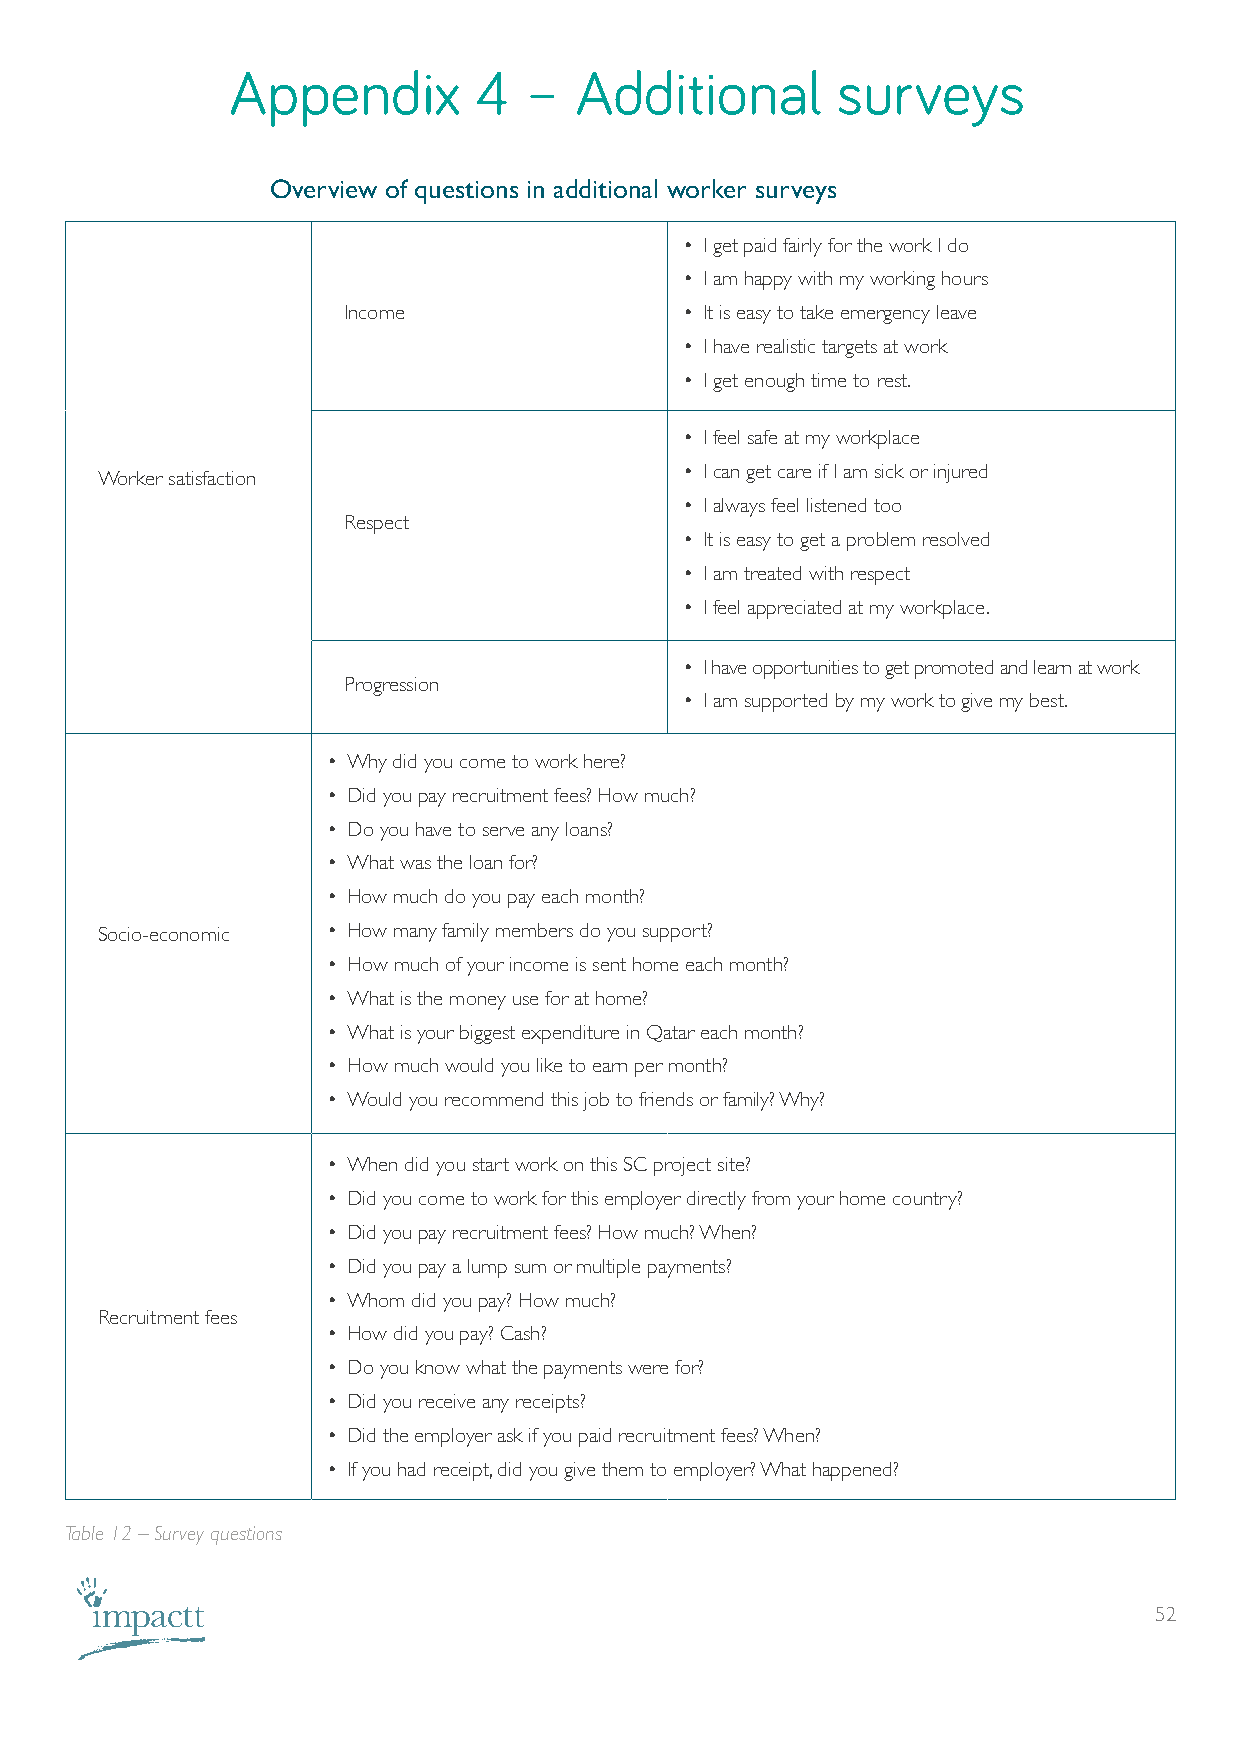
Appendix        4   –  Additional       surveys
 Overview of questions in additional worker surveys
 • I get paid fairly for the work I do
 • I am happy with my working hours
 Income                • It is easy to take emergency leave
 • I have realistic targets at work
 • I get enough time to rest.
 • I feel safe at my workplace
 • I can get care if I am sick or injured
 Worker satisfaction
 • I always feel listened too
 Respect
 • It is easy to get a problem resolved
 • I am treated with respect
 • I feel appreciated at my workplace.
 • I have opportunities to get promoted and learn at work
 Progression
 • I am supported by my work to give my best.
 • Why did you come to work here?
 • Did you pay recruitment fees? How much?
 • Do you have to serve any loans?
 • What was the loan for?
 • How much do you pay each month?
 Socio-economic  • How many family members do you support?
 • How much of your income is sent home each month?
 • What is the money use for at home?
 • What is your biggest expenditure in Qatar each month?
 • How much would you like to earn per month?
 • Would you recommend this job to friends or family? Why?
 • When did you start work on this SC project site?
 • Did you come to work for this employer directly from your home country?
 • Did you pay recruitment fees? How much? When?
 • Did you pay a lump sum or multiple payments?
 • Whom did you pay? How much?
 Recruitment fees
 • How did you pay? Cash?
 • Do you know what the payments were for?
 • Did you receive any receipts?
 • Did the employer ask if you paid recruitment fees? When?
 • If you had receipt, did you give them to employer? What happened?
 Table 12 – Survey questions
 52